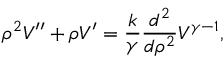
\rho ^ { 2 } V ^ { \prime \prime } + \rho V ^ { \prime } = { \frac { k } { \gamma } } { \frac { d ^ { 2 } } { d \rho ^ { 2 } } } V ^ { \gamma - 1 } ,